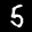
Label: 5